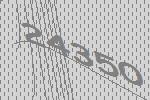
24350